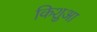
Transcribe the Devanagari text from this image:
किशुआ